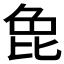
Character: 𭯍